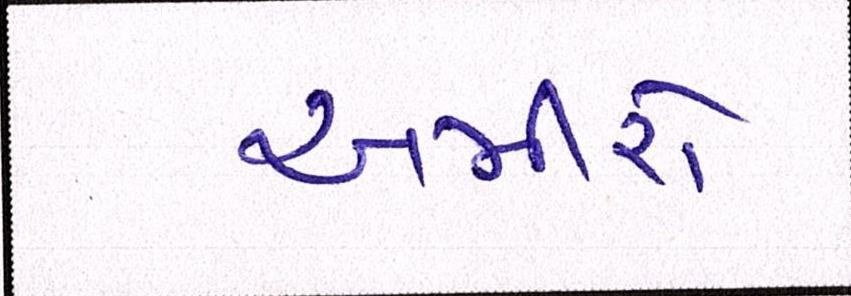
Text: અમીરો